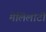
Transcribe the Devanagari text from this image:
मेलिलोटी